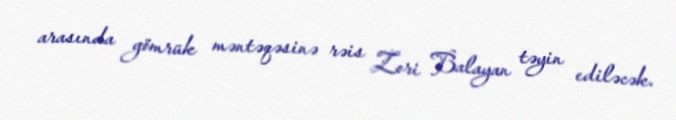
arasında gömrük məntəqəsinə rəis Zori Balayan təyin ediləcək.